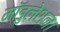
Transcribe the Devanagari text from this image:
मॉडुलेशन।